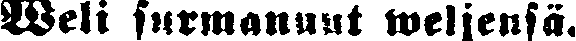
Weli surmannut weljensä.